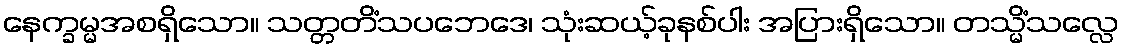
နေက္ခမ္မအစရှိသော။ သတ္တတိံသပဘေဒေ၊ သုံးဆယ့်ခုနစ်ပါး အပြားရှိသော။ တသ္မိံသလ္လေ